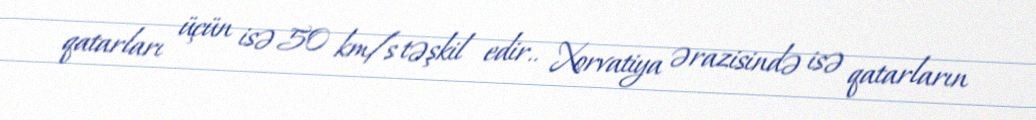
qatarları üçün isə 50 km/s təşkil edir.. Xorvatiya ərazisində isə qatarların